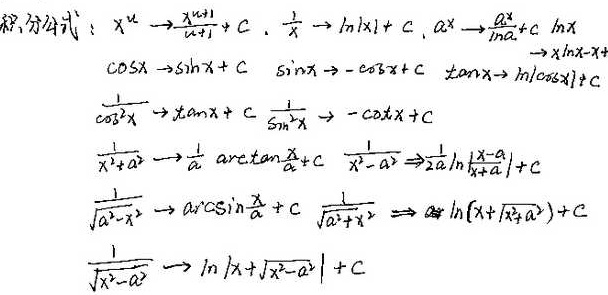
积分公式：
\(x^{\mu}\)的积分\(\to\frac{x^{\mu + 1}}{\mu + 1}+C\)，
\(\frac{1}{x}\)的积分\(\to\ln|x|+C\)，
\(a^{x}\)的积分\(\to\frac{a^{x}}{\ln a}+C\)，
\(\ln x\)这里似乎缺少对应关系，（猜测应为其积分\(\to x\ln x - x + C\)，但按现有规则不添加此猜测内容）
\(\cos x\)的积分\(\to\sin x + C\)，
\(\sin x\)的积分\(\to-\cos x + C\)，
\(\tan x\)的积分\(\to-\ln|\cos x|+C\)
\(\frac{1}{\cos^{2}x}\)的积分\(\to\tan x + C\)，
\(\frac{1}{\sin^{2}x}\)的积分\(\to-\cot x + C\)
\(\frac{1}{x^{2}+a^{2}}\)的积分\(\to\frac{1}{a}\arctan\frac{x}{a}+C\)，
\(\frac{1}{x^{2}-a^{2}}\)的积分\(\to\frac{1}{2a}\ln\left|\frac{x - a}{x + a}\right|+C\)
\(\frac{1}{\sqrt{a^{2}-x^{2}}}\)的积分\(\to\arcsin\frac{x}{a}+C\)，
\(\frac{1}{\sqrt{a^{2}+x^{2}}}\)的积分\(\to\ln\left(x+\sqrt{x^{2}+a^{2}}\right)+C\)
\(\frac{1}{\sqrt{x^{2}-a^{2}}}\)的积分\(\to\ln\left|x+\sqrt{x^{2}-a^{2}}\right|+C\)